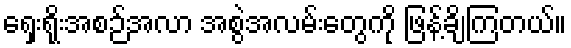
ရှေးရိုးအစဉ်အလာ အစွဲအလမ်းတွေကို ဖြန့်ချိကြတယ်။